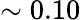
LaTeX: \sim 0.10